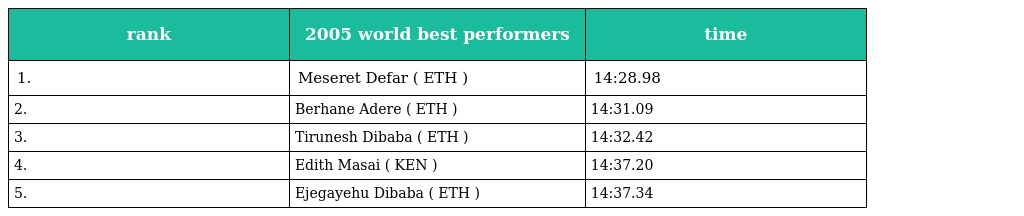
| rank | 2005 world best performers | time |
 | --- | --- | --- |
 | 1. | Meseret Defar ( ETH ) | 14:28.98 |
 | 2. | Berhane Adere ( ETH ) | 14:31.09 |
 | 3. | Tirunesh Dibaba ( ETH ) | 14:32.42 |
 | 4. | Edith Masai ( KEN ) | 14:37.20 |
 | 5. | Ejegayehu Dibaba ( ETH ) | 14:37.34 |